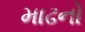
માઢનો